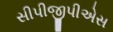
સીપીજીપીએસ